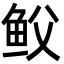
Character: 𩽻